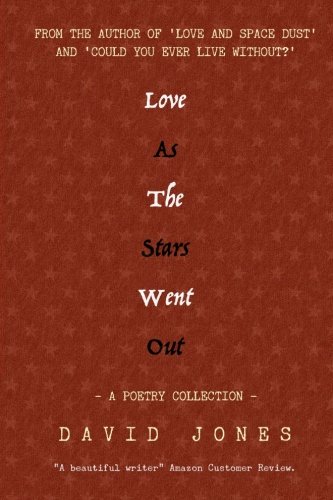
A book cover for Love As The Stars Went Out; David Jones; Literature & Fiction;